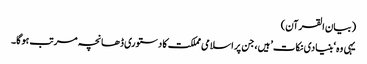
(بیان القرآن)
یہی وہ ‘بنیادی نکات’ ہیں، جن پر اسلامی مملکت کا دستوری ڈھانچہ مرتب ہوگا۔